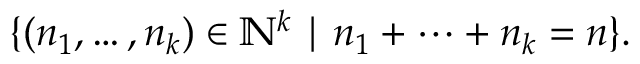
\{ ( n _ { 1 } , \dots , n _ { k } ) \in \mathbb { N } ^ { k } \mid n _ { 1 } + \cdots + n _ { k } = n \} .